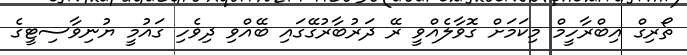
ތޯރިގް އިބްރާހީމް މިކަމަށް ގޮވާލެއްވީ ރޭ ދަރުބާރުގޭގައި ބޭއްވި ދިވެހި ގައުމީ ޔުނިވާސިޓީގެ